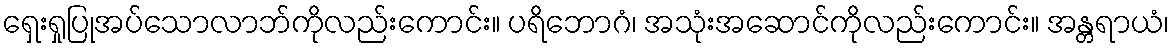
ရှေးရှုပြုအပ်သောလာဘ်ကိုလည်းကောင်း။ ပရိဘောဂံ၊ အသုံးအဆောင်ကိုလည်းကောင်း။ အန္တရာယံ၊